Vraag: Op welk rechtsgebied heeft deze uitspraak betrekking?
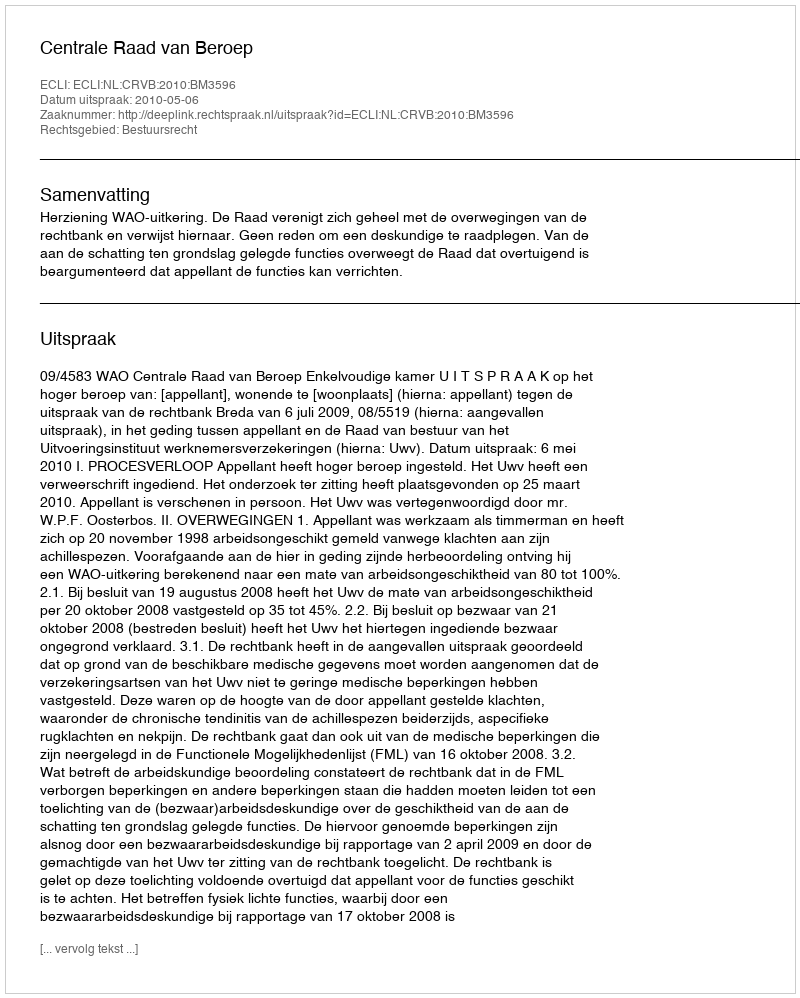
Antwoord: Bestuursrecht